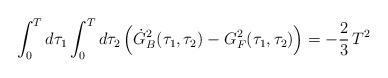
LaTeX: \begin{align*}\int_0^T d\tau_1 \int_0^T d\tau_2\,\Bigl({\dot G_B}^2(\tau_1,\tau_2)-G_F^2(\tau_1,\tau_2)\Bigr)= -{2\over3}\,T^2 \quad \end{align*}